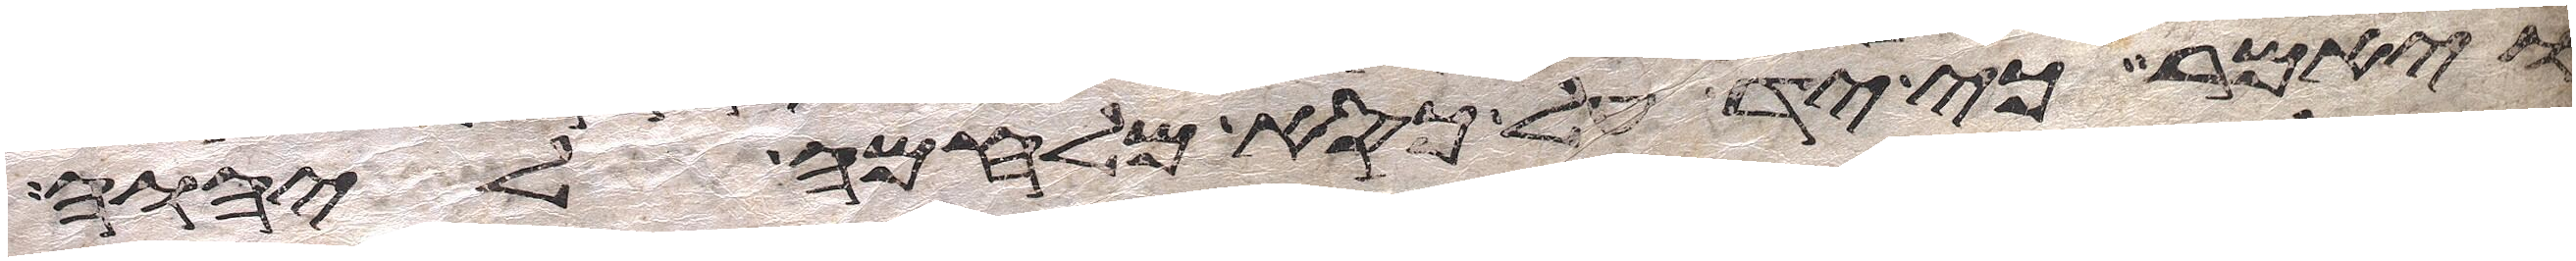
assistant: ויאמר כי יד על כסא מלחמה ליהוה